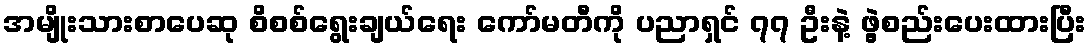
အမျိုးသားစာပေဆု စိစစ်ရွေးချယ်ရေး ကော်မတီကို ပညာရှင် ၇၇ ဦးနဲ့ ဖွဲ့စည်းပေးထားပြီး